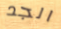
الجد